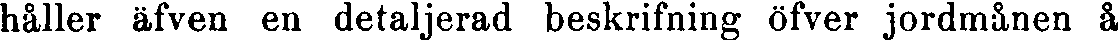
håller äfven en detaljerad beskrifning öfver jordmånen å